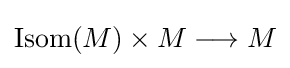
{\textstyle \mathrm {Isom} (M)\times M\longrightarrow M}